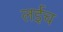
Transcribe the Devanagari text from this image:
लईच